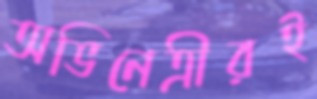
অভিনেত্রীরই